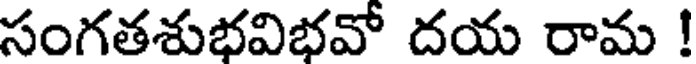
సంగతశుభవిభవో దయ రామ !